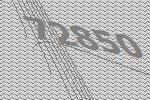
72850